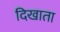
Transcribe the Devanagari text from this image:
दिखाता